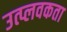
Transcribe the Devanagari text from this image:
उत्प्लवकता